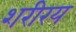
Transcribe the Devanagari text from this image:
शरीरय्